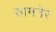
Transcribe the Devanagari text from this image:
सामनेर